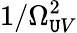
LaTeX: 1/\Omega_{\mathtt{U}V}^{2}